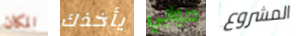
المكان يأخذك صوابي المشروع